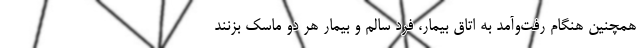
همچنین هنگام رفت‌وآمد به اتاق بیمار، فرد سالم و بیمار هر دو ماسک بزنند